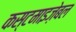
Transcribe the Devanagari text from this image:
कस्टमाइज़ेबल